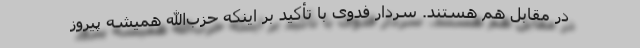
در مقابل هم هستند. سردار فدوی با تأکید بر اینکه حزب‌الله همیشه پیروز